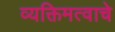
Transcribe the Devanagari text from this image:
व्यक्तिमत्वाचे